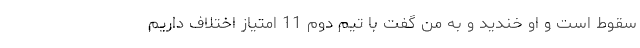
سقوط است و او خندید و به من گفت با تیم دوم 11 امتیاز اختلاف داریم